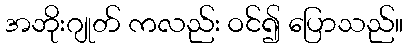
အဘိုးဂျုတ် ကလည်း ဝင်၍ ပြောသည်။